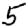
Digit: 5